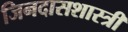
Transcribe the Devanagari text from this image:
जिनदासशास्त्री